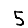
Digit: 5